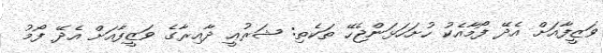
ވަޒީފާއަށް އެދޭ ފޯމާއެކު ހުށަހަޅަންޖެހޭ ތަކެތި: ޝަރުޢީ ދާއިރާގެ ވަޒީފާއަށް އެދޭ ފޯމު